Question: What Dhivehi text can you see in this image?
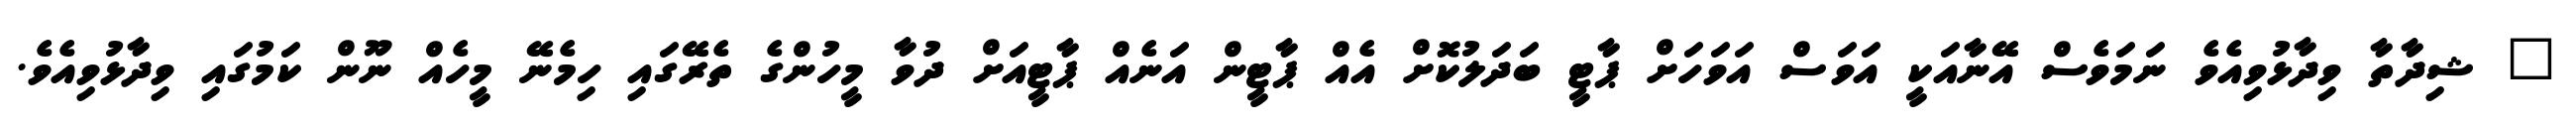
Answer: " ޝިދާތާ ވިދާޅުވިއެވެ ނަމަވެސް އޭނާއަކީ އަވަސް އަވަހަށް ޕާޓީ ބަދަލުކޮށް އެއް ޕާޓީން އަނެއް ޕާޓީއަށް ދުވާ މީހުންގެ ތެރޭގައި ހިމެނޭ މީހެއް ނޫން ކަމުގައި ވިދާޅުވިއެވެ.